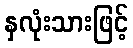
နှလုံးသားဖြင့်